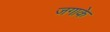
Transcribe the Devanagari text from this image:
जगाके